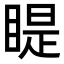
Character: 睼